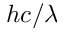
h c / \lambda